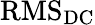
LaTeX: {\mathrm{RMS}}_{\mathrm{DC}}